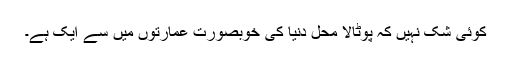
کوئی شک نہیں کہ پوٹالا محل دنیا کی خوبصورت عمارتوں میں سے ایک ہے۔